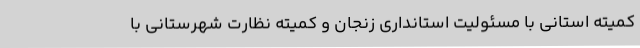
کمیته استانی با مسئولیت استانداری زنجان و کمیته نظارت شهرستانی با